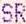
SR